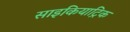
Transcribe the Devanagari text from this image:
साइकियाट्रिक